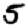
Digit: 5